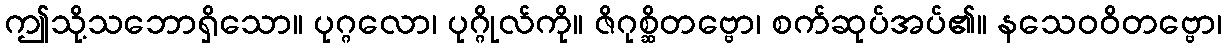
ဤသို့သဘောရှိသော။ ပုဂ္ဂလော၊ ပုဂ္ဂိုလ်ကို။ ဇိဂုစ္ဆိတဗ္ဗော၊ စက်ဆုပ်အပ်၏။ နသေဝဝိတဗ္ဗော၊